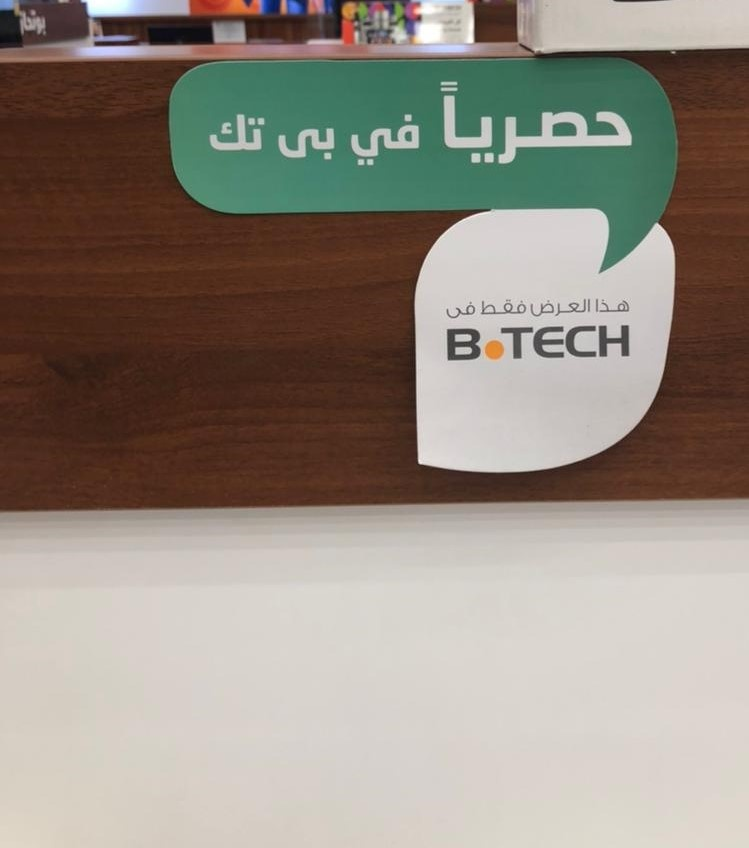
Text in image: حصرياً تك في بى هذا العرض فقط فى TECH B